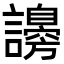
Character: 𧭮